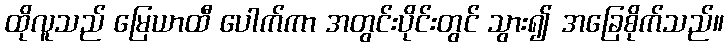
ထိုလူသည် မြေယာထီ ပေါက်ကာ အတွင်းပိုင်းတွင် သွား၍ အခြေစိုက်သည်။